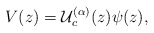
\begin{align*}V(z)=\mathcal{U}^{(\alpha)}_{c}(z)\psi (z),\end{align*}